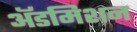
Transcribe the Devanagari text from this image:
अॅडमिशन